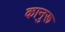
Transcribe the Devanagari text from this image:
कानुरू